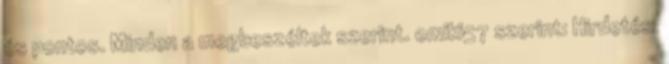
és pontos. Minden a megbeszéltek szerint. omiki57 szerint: Hirdetés: